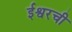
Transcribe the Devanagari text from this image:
ईश्वरची